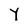
Character: Y